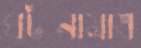
ঘটনামাত্র